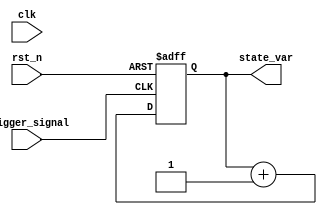
module negative_edge_trigger (
    input wire clk,            // Clock signal (not used for triggering in this example)
    input wire rst_n,         // Active low reset
    input wire trigger_signal, // Signal that triggers the block on its negative edge
    output reg [7:0] state_var // Internal state variable
);

// Initial state
initial begin
    state_var = 8'h00; // Initialize state variable to 0
end

// Always block sensitive to the negative edge of the trigger_signal
always @(negedge trigger_signal or negedge rst_n) begin
    if (!rst_n) begin
        // Reset the state variable when reset is active low
        state_var <= 8'h00;
    end else begin
        // Execute logic on negative edge of trigger_signal
        // For example, increment the state variable
        state_var <= state_var + 1;

        // Additional logic can be added here
        // e.g., conditional state updates based on other signals
        // if (some_other_signal) begin
        //     state_var <= state_var + 2;
        // end
    end
end

endmodule